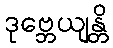
ဒုဗ္ဘေယျန္တိ